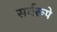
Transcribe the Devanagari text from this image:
सर्वरूपे